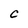
Character: C